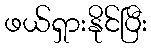
ဖယ်ရှားနိုင်ပြီး